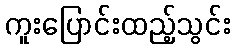
ကူးပြောင်းထည့်သွင်း